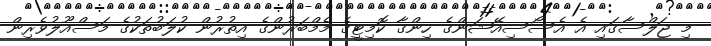
މި ޖަލްސާގައި އެ އެސޯސިއޭޝަންގެ ހިންގާ ކޮމިޓީގެ މެމްބަރުންގެ އިތުރުން ކުލަބުތަކުގެ މަސްއޫލުވެރިން